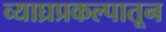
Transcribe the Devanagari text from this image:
व्याघ्रप्रकल्पातून